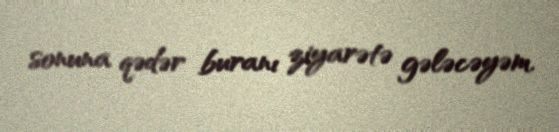
sonuna qədər buranı ziyarətə gələcəyəm.